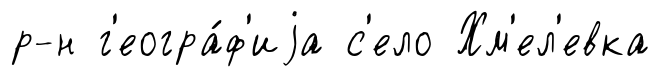
р-н г'еогра́ф'иjа с'ело Хм'ел'евка